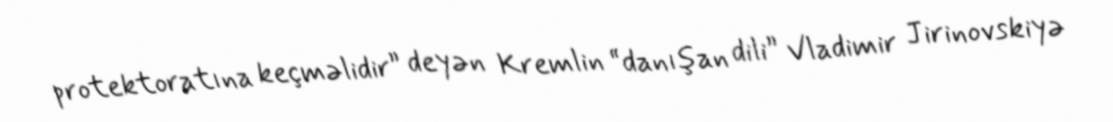
protektoratına keçməlidir” deyən Kremlin “danışan dili” Vladimir Jirinovskiyə